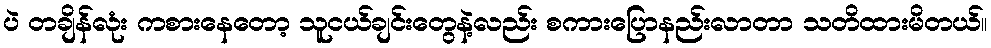
ပဲ တချိန်လုံး ကစားနေတော့ သူငယ်ချင်းတွေနဲ့လည်း စကားပြောနည်းလာတာ သတိထားမိတယ်။